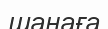
шанаға